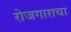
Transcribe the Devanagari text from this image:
रोजगाराचा